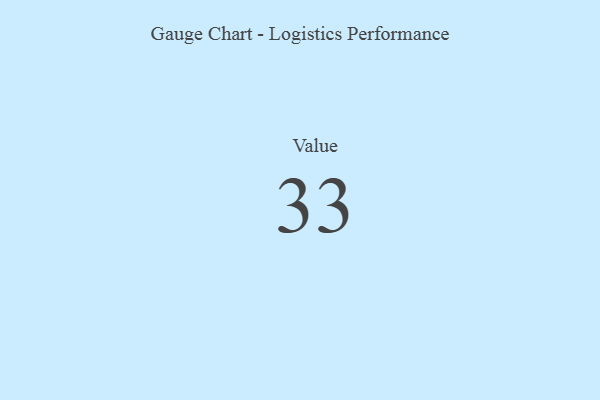
{"axis": {"x": "Metric", "y": "Value"}, "legend": [""], "data": [{"x": "Value", "y": 33, "type": ""}]}